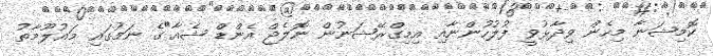
ކޮމިޝަނާ މިހެން ވިދާޅުވީ ފުލުހުންނާއި އިމިގްރޭޝަނުން ނޮލެޖް އެންޑް ޝެއާ"ގެ ނަމުގައި މައުލޫމާތު